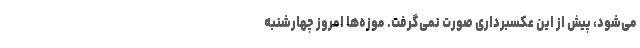
می‌شود، پیش از این عکسبرداری صورت نمی‌گرفت. موزه‌ها امروز چهارشنبه